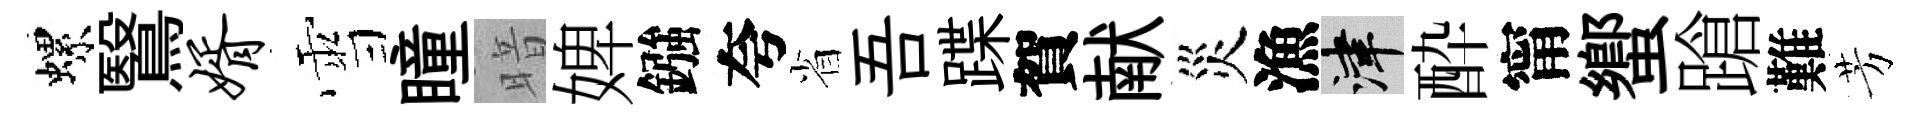
螺鷖婿雪瞳暗婢鏹夸省吾蹀賀献災漁津酔甯蠁蹌難芳